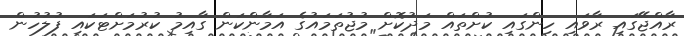
ރާއްޖޭގައި ރާވައި ހިންގައި ކުށްތައް މަދުކޮށް މުޖުތަމައުގެ އަމާންކަން ގާއިމު ކުރުމަށްޓަކައި ފުލުހުން